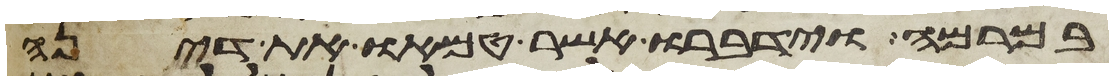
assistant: במרמה וידברו אשר טמאו את דינה